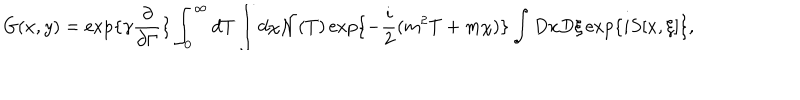
G ( x , y ) = \exp \{ \gamma \frac { \partial } { \partial \Gamma } \} \int _ { 0 } ^ { \infty } d T \int d \chi { \cal N } ( T ) \exp \{ - \frac { i } { 2 } ( m ^ { 2 } T + m \chi ) \} \int D x D \xi \exp \{ i S [ x , \xi ] \} ,